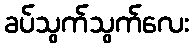
ခပ်သွက်သွက်လေး